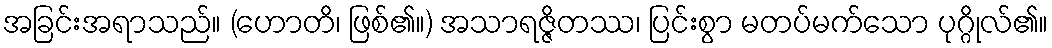
အခြင်းအရာသည်။ (ဟောတိ၊ ဖြစ်၏။) အသာရဇ္ဇိတဿ၊ ပြင်းစွာ မတပ်မက်သော ပုဂ္ဂိုလ်၏။